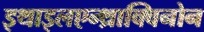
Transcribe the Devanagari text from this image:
इथाइलएन्थ्राक्विनोन